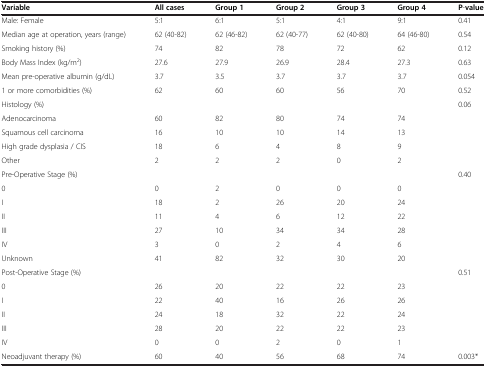
<table><thead><tr><td><b>Variable</b></td><td><b>All cases</b></td><td><b>Group 1</b></td><td><b>Group 2</b></td><td><b>Group 3</b></td><td><b>Group 4</b></td><td><b>P-value</b></td></tr></thead><tbody><tr><td>Male: Female</td><td>5:1</td><td>6:1</td><td>5:1</td><td>4:1</td><td>9:1</td><td>0.41</td></tr><tr><td>Median age at operation, years (range)</td><td>62 (40-82)</td><td>62 (46-82)</td><td>62 (40-77)</td><td>62 (40-80)</td><td>64 (46-80)</td><td>0.54</td></tr><tr><td>Smoking history (%)</td><td>74</td><td>82</td><td>78</td><td>72</td><td>62</td><td>0.12</td></tr><tr><td>Body Mass Index (kg/m<sup>2</sup>)</td><td>27.6</td><td>27.9</td><td>26.9</td><td>28.4</td><td>27.3</td><td>0.63</td></tr><tr><td>Mean pre-operative albumin (g/dL)</td><td>3.7</td><td>3.5</td><td>3.7</td><td>3.7</td><td>3.7</td><td>0.054</td></tr><tr><td>1 or more comorbidities (%)<sup>†</sup></td><td>62</td><td>60</td><td>60</td><td>56</td><td>70</td><td>0.52</td></tr><tr><td>Histology (%)<sup>‡</sup></td><td></td><td></td><td></td><td></td><td></td><td>0.06</td></tr><tr><td>Adenocarcinoma</td><td>60</td><td>82</td><td>80</td><td>74</td><td>74</td><td></td></tr><tr><td>Squamous cell carcinoma</td><td>16</td><td>10</td><td>10</td><td>14</td><td>13</td><td></td></tr><tr><td>High grade dysplasia / CIS</td><td>18</td><td>6</td><td>4</td><td>8</td><td>9</td><td></td></tr><tr><td>Other</td><td>2</td><td>2</td><td>2</td><td>0</td><td>2</td><td></td></tr><tr><td>Pre-Operative Stage (%)<sup>§</sup></td><td></td><td></td><td></td><td></td><td></td><td>0.40</td></tr><tr><td>0</td><td>0</td><td>2</td><td>0</td><td>0</td><td>0</td><td></td></tr><tr><td>I</td><td>18</td><td>2</td><td>26</td><td>20</td><td>24</td><td></td></tr><tr><td>II</td><td>11</td><td>4</td><td>6</td><td>12</td><td>22</td><td></td></tr><tr><td>III</td><td>27</td><td>10</td><td>34</td><td>34</td><td>28</td><td></td></tr><tr><td>IV</td><td>3</td><td>0</td><td>2</td><td>4</td><td>6</td><td></td></tr><tr><td>Unknown</td><td>41</td><td>82</td><td>32</td><td>30</td><td>20</td><td></td></tr><tr><td>Post-Operative Stage (%)</td><td></td><td></td><td></td><td></td><td></td><td>0.51</td></tr><tr><td>0</td><td>26</td><td>20</td><td>22</td><td>22</td><td>23</td><td></td></tr><tr><td>I</td><td>22</td><td>40</td><td>16</td><td>26</td><td>26</td><td></td></tr><tr><td>II</td><td>24</td><td>18</td><td>32</td><td>22</td><td>24</td><td></td></tr><tr><td>III</td><td>28</td><td>20</td><td>22</td><td>22</td><td>23</td><td></td></tr><tr><td>IV</td><td>0</td><td>0</td><td>2</td><td>0</td><td>1</td><td></td></tr><tr><td>Neoadjuvant therapy (%)</td><td>60</td><td>40</td><td>56</td><td>68</td><td>74</td><td>0.003*</td></tr></tbody></table>